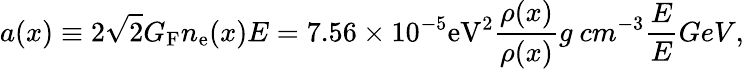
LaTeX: a(x)\equiv 2\sqrt{2}G_{\mathrm{F}}n_{\mathrm{e}}(x)E=7.56\times 10^{-5}\mathrm{eV^{2}}\frac{\rho(x)}{\rho(x)}{g~cm^{-3}}\frac{E}{E}{GeV},